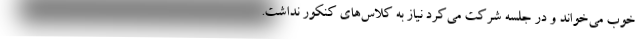
خوب می‌خواند و در جلسه شرکت می‌کرد نیاز به کلاس‌های کنکور نداشت.